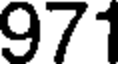
971